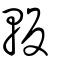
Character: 䡊